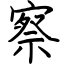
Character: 察